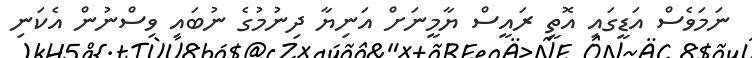
ނަމަވެސް އަޑީގައި އޮތީ ރައީސް ޔާމީނަށް އަނިޔާ ދިނުމުގެ ނުބައި ވިސްނުން އެކަނި